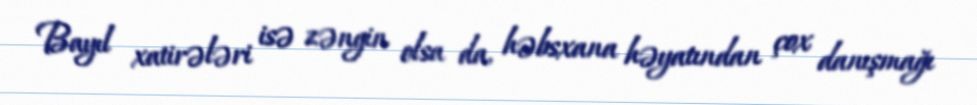
Bayıl xatirələri isə zəngin olsa da, həbsxana həyatından çox danışmağı